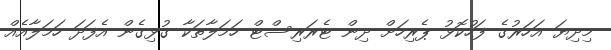
މިދިޔަ އަހަރުގެ ފަހުކޮޅު ޕެރިހަށް ދިން ޓެރަރިސްޓް ހަމަލާތަކާ ގުޅިގެން އެފަދަ ހަމަލާއެއް